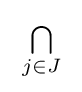
\;{\textstyle \bigcap \limits _{j\in J}}\;